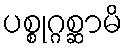
ပစ္စုဂ္ဂစ္ဆာမိ